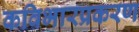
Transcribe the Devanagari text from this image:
कविभारप्रकरण